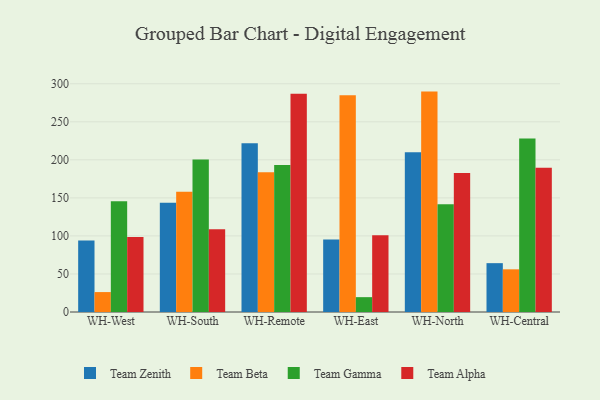
{"axis": {"x": "Warehouse", "y": "Energy Usage (MWh)"}, "legend": ["Team Alpha", "Team Beta", "Team Gamma", "Team Zenith"], "data": [{"x": "WH-West", "y": 94.0, "type": "Team Zenith"}, {"x": "WH-West", "y": 26.2, "type": "Team Beta"}, {"x": "WH-West", "y": 145.6, "type": "Team Gamma"}, {"x": "WH-West", "y": 98.7, "type": "Team Alpha"}, {"x": "WH-South", "y": 143.6, "type": "Team Zenith"}, {"x": "WH-South", "y": 158.1, "type": "Team Beta"}, {"x": "WH-South", "y": 200.6, "type": "Team Gamma"}, {"x": "WH-South", "y": 108.9, "type": "Team Alpha"}, {"x": "WH-Remote", "y": 221.8, "type": "Team Zenith"}, {"x": "WH-Remote", "y": 183.8, "type": "Team Beta"}, {"x": "WH-Remote", "y": 193.2, "type": "Team Gamma"}, {"x": "WH-Remote", "y": 286.8, "type": "Team Alpha"}, {"x": "WH-East", "y": 95.3, "type": "Team Zenith"}, {"x": "WH-East", "y": 284.8, "type": "Team Beta"}, {"x": "WH-East", "y": 19.5, "type": "Team Gamma"}, {"x": "WH-East", "y": 100.9, "type": "Team Alpha"}, {"x": "WH-North", "y": 209.9, "type": "Team Zenith"}, {"x": "WH-North", "y": 289.7, "type": "Team Beta"}, {"x": "WH-North", "y": 141.5, "type": "Team Gamma"}, {"x": "WH-North", "y": 182.8, "type": "Team Alpha"}, {"x": "WH-Central", "y": 64.2, "type": "Team Zenith"}, {"x": "WH-Central", "y": 56.1, "type": "Team Beta"}, {"x": "WH-Central", "y": 227.9, "type": "Team Gamma"}, {"x": "WH-Central", "y": 189.6, "type": "Team Alpha"}]}